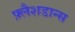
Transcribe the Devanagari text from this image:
फ़्लैशडान्स